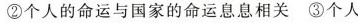
②个人的命运与国家的命运息息相关③个人的